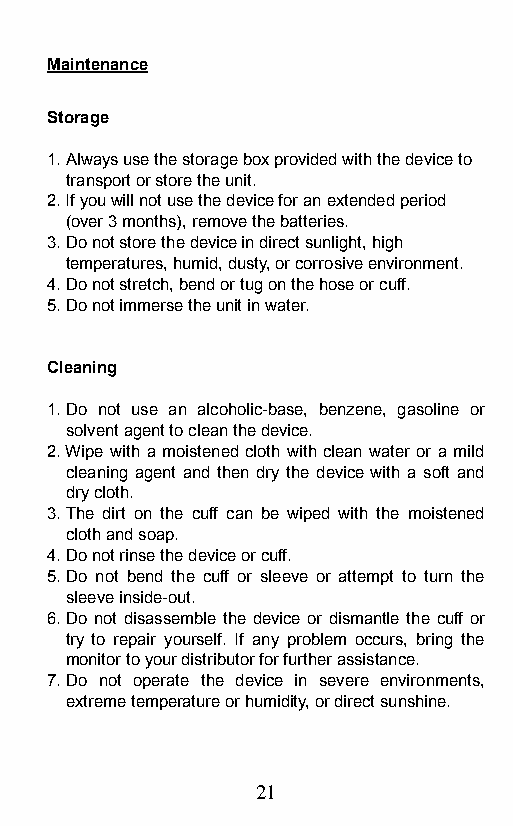
Maintenance
 Storage
 1. Always use the storage box provided with the device to
 transport or store the unit.
 2. If you will not use the device for an extended period
 (over 3 months), remove the batteries.
 3. Do not store the device in direct sunlight, high
 temperatures, humid, dusty, or corrosive environment.
 4. Do not stretch, bend or tug on the hose or cuff.
 5. Do not immerse the unit in water.
 Cleaning
 1. Do not use an alcoholic-base, benzene, gasoline or
 solvent agent to clean the device.
 2. Wipe with a moistened cloth with clean water or a mild
 cleaning agent and then dry the device with a soft and
 dry cloth.
 3. The dirt on the cuff can be wiped with the moistened
 cloth and soap.
 4. Do not rinse the device or cuff.
 5. Do not bend the cuff or sleeve or attempt to turn the
 sleeve inside-out.
 6. Do not disassemble the device or dismantle the cuff or
 try to repair yourself. If any problem occurs, bring the
 monitor to your distributor for further assistance.
 7. Do not operate the device in severe environments,
 extreme temperature or humidity, or direct sunshine.
 21